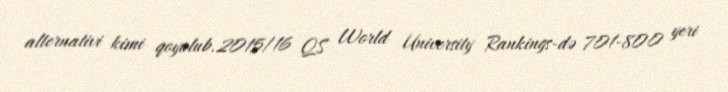
alternativi kimi qoyulub.2015/16 QS World University Rankings-də 701-800 yeri